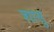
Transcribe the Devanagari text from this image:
शासु